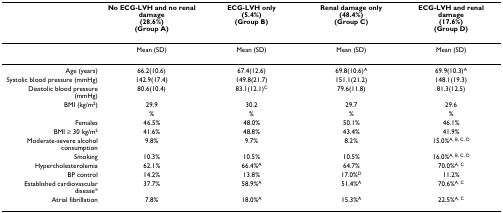
<table><thead><tr><td></td><td><b>No ECG-LVH and no renal damage(28.6%)(Group A)</b></td><td><b>ECG-LVH only(5.4%)(Group B)</b></td><td><b>Renal damage only(48.4%)(Group C)</b></td><td><b>ECG-LVH and renal damage(17.6%)(Group D)</b></td></tr></thead><tbody><tr><td></td><td>Mean (SD)</td><td>Mean (SD)</td><td>Mean (SD)</td><td>Mean (SD)</td></tr><tr><td>Age (years)</td><td>66.2(10.6)</td><td>67.4(12.6)</td><td>69.8(10.6)<sup>A</sup></td><td>69.9(10.3)<sup>A</sup></td></tr><tr><td>Systolic blood pressure (mmHg)</td><td>142.9(17.4)</td><td>149.8(21.7)</td><td>151.1(21.2)</td><td>148.1(19.3)</td></tr><tr><td>Diastolic blood pressure (mmHg)</td><td>80.6(10.4)</td><td>83.1(12.1)<sup>C</sup></td><td>79.6(11.8)</td><td>81.3(12.5)</td></tr><tr><td>BMI (kg/m<sup>2</sup>)</td><td>29.9</td><td>30.2</td><td>29.7</td><td>29.6</td></tr><tr><td></td><td>%</td><td>%</td><td>%</td><td>%</td></tr><tr><td>Females</td><td>46.5%</td><td>48.0%</td><td>50.1%</td><td>46.1%</td></tr><tr><td>BMI ≥ 30 kg/m<sup>2</sup></td><td>41.6%</td><td>48.8%</td><td>43.4%</td><td>41.9%</td></tr><tr><td>Moderate-severe alcohol consumption</td><td>9.8%</td><td>9.7%</td><td>8.2%</td><td>15.0%<sup>A, B, C, D</sup></td></tr><tr><td>Smoking</td><td>10.3%</td><td>10.5%</td><td>10.5%</td><td>16.0%<sup>A, B, C, D</sup></td></tr><tr><td>Hypercholesterolemia</td><td>62.1%</td><td>66.4%<sup>A</sup></td><td>64.7%</td><td>70.0%<sup>A, C</sup></td></tr><tr><td>BP control</td><td>14.2%</td><td>13.8%</td><td>17.0%<sup>D</sup></td><td>11.2%</td></tr><tr><td>Established cardiovascular disease*</td><td>37.7%</td><td>58.9%<sup>A</sup></td><td>51.4%<sup>A</sup></td><td>70.6%<sup>A, C</sup></td></tr><tr><td>Atrial fibrillation</td><td>7.8%</td><td>18.0%<sup>A</sup></td><td>15.3%<sup>A</sup></td><td>22.5%<sup>A, C</sup></td></tr></tbody></table>